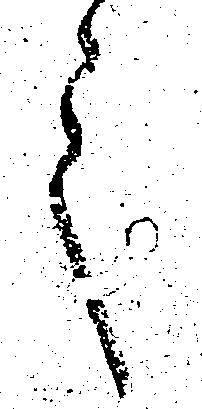
言